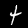
Digit: 4